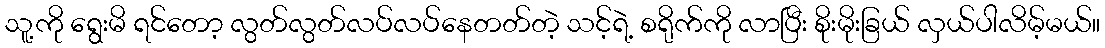
သူ့ကို ရွေးမိ ရင်တော့ လွတ်လွတ်လပ်လပ်နေတတ်တဲ့ သင့်ရဲ့ စရိုက်ကို လာပြီး စိုးမိုးခြယ် လှယ်ပါလိမ့်မယ်။